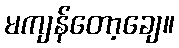
မကျန်တော့ချေ။